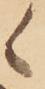
候